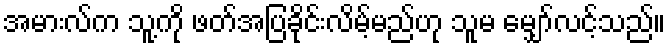
အမားလ်က သူ့ကို ဖတ်အပြခိုင်းလိမ့်မည်ဟု သူမ မျှော်လင့်သည်။